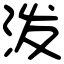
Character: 泼